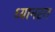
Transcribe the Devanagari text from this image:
ध्यानस्त